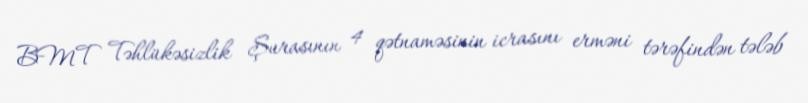
BMT Təhlükəsizlik Şurasının 4 qətnaməsinin icrasını erməni tərəfindən tələb